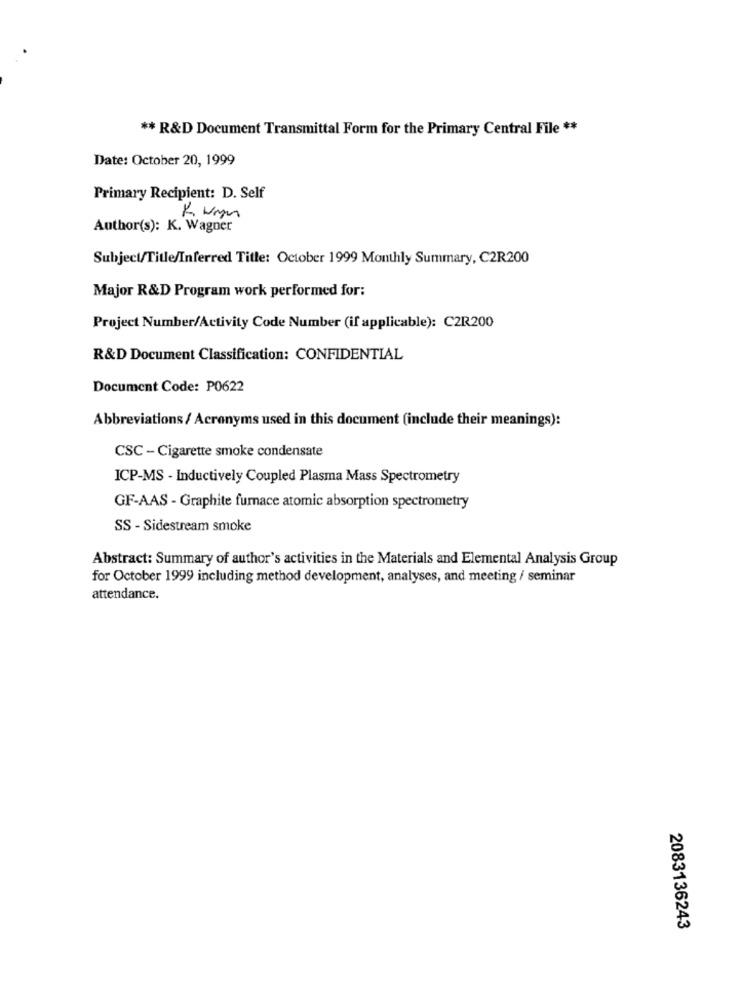
** R&D Document Transmittal Form for the Primary Central File **
Date: October 20, 1999
Primary Recipient: D. Self
KUMM
Author(s): K. Wagner
Subject/Title/Inferred Title: October 1999 Monthly Summary, C2R200
Major R&D Program work performed for:
Project Number/Activity Code Number (if applicable): C2R200
R&D Document Classification: CONFIDENTIAL
Document Code: P0622
Abbreviations / Acronyms used in this document (include their meanings):
CSC - Cigarette smoke condensate
ICP-MS - Inductively Coupled Plasma Mass Spectrometry
GF-AAS - Graphite furnace atomic absorption spectrometry
SS - Sidestream smoke
Abstract: Summary of author's activities in the Materials and Elemental Analysis Group
for October 1999 including method development, analyses, and meeting / seminar
attendance.
2083136243